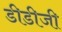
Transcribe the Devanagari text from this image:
डीडीजी